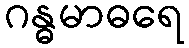
ဂန္ဓမာဓရေ